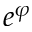
e ^ { \varphi }